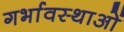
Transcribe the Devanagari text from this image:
गर्भावस्‍थाओं